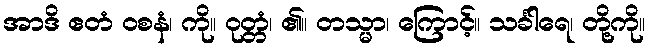
အာဒိ ဧတံ ဝစနံ၊ ကို။ ဝုတ္တံ၊ ၏။ တသ္မာ၊ ကြောင့်။ သင်္ခါရေ၊ တို့ကို။